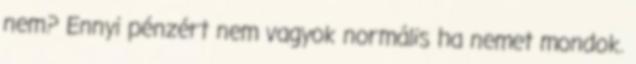
nem? Ennyi pénzért nem vagyok normális ha nemet mondok.